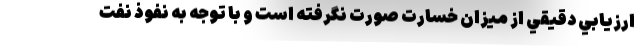
ارزيابي دقيقي از ميزان خسارت صورت نگرفته است و با توجه به نفوذ نفت